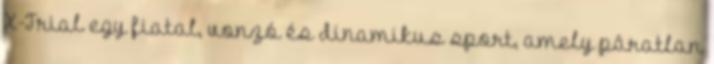
X-Trial egy fiatal, vonzó és dinamikus sport, amely páratlan